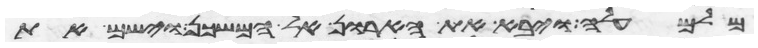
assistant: מלמעלה ויבא את הארון אל המשכן וישם את